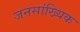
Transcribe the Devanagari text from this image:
जनसांख्यिक